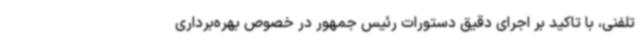
تلفنی، با تاکید بر اجرای دقیق دستورات رئیس جمهور در خصوص بهره‌برداری